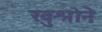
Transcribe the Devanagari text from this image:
खुश्रोने